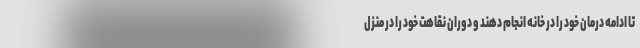
تا ادامه درمان خود را در خانه انجام دهند و دوران نقاهت خود را در منزل